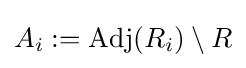
A_{i}:=\operatorname {Adj} (R_{i})\setminus R